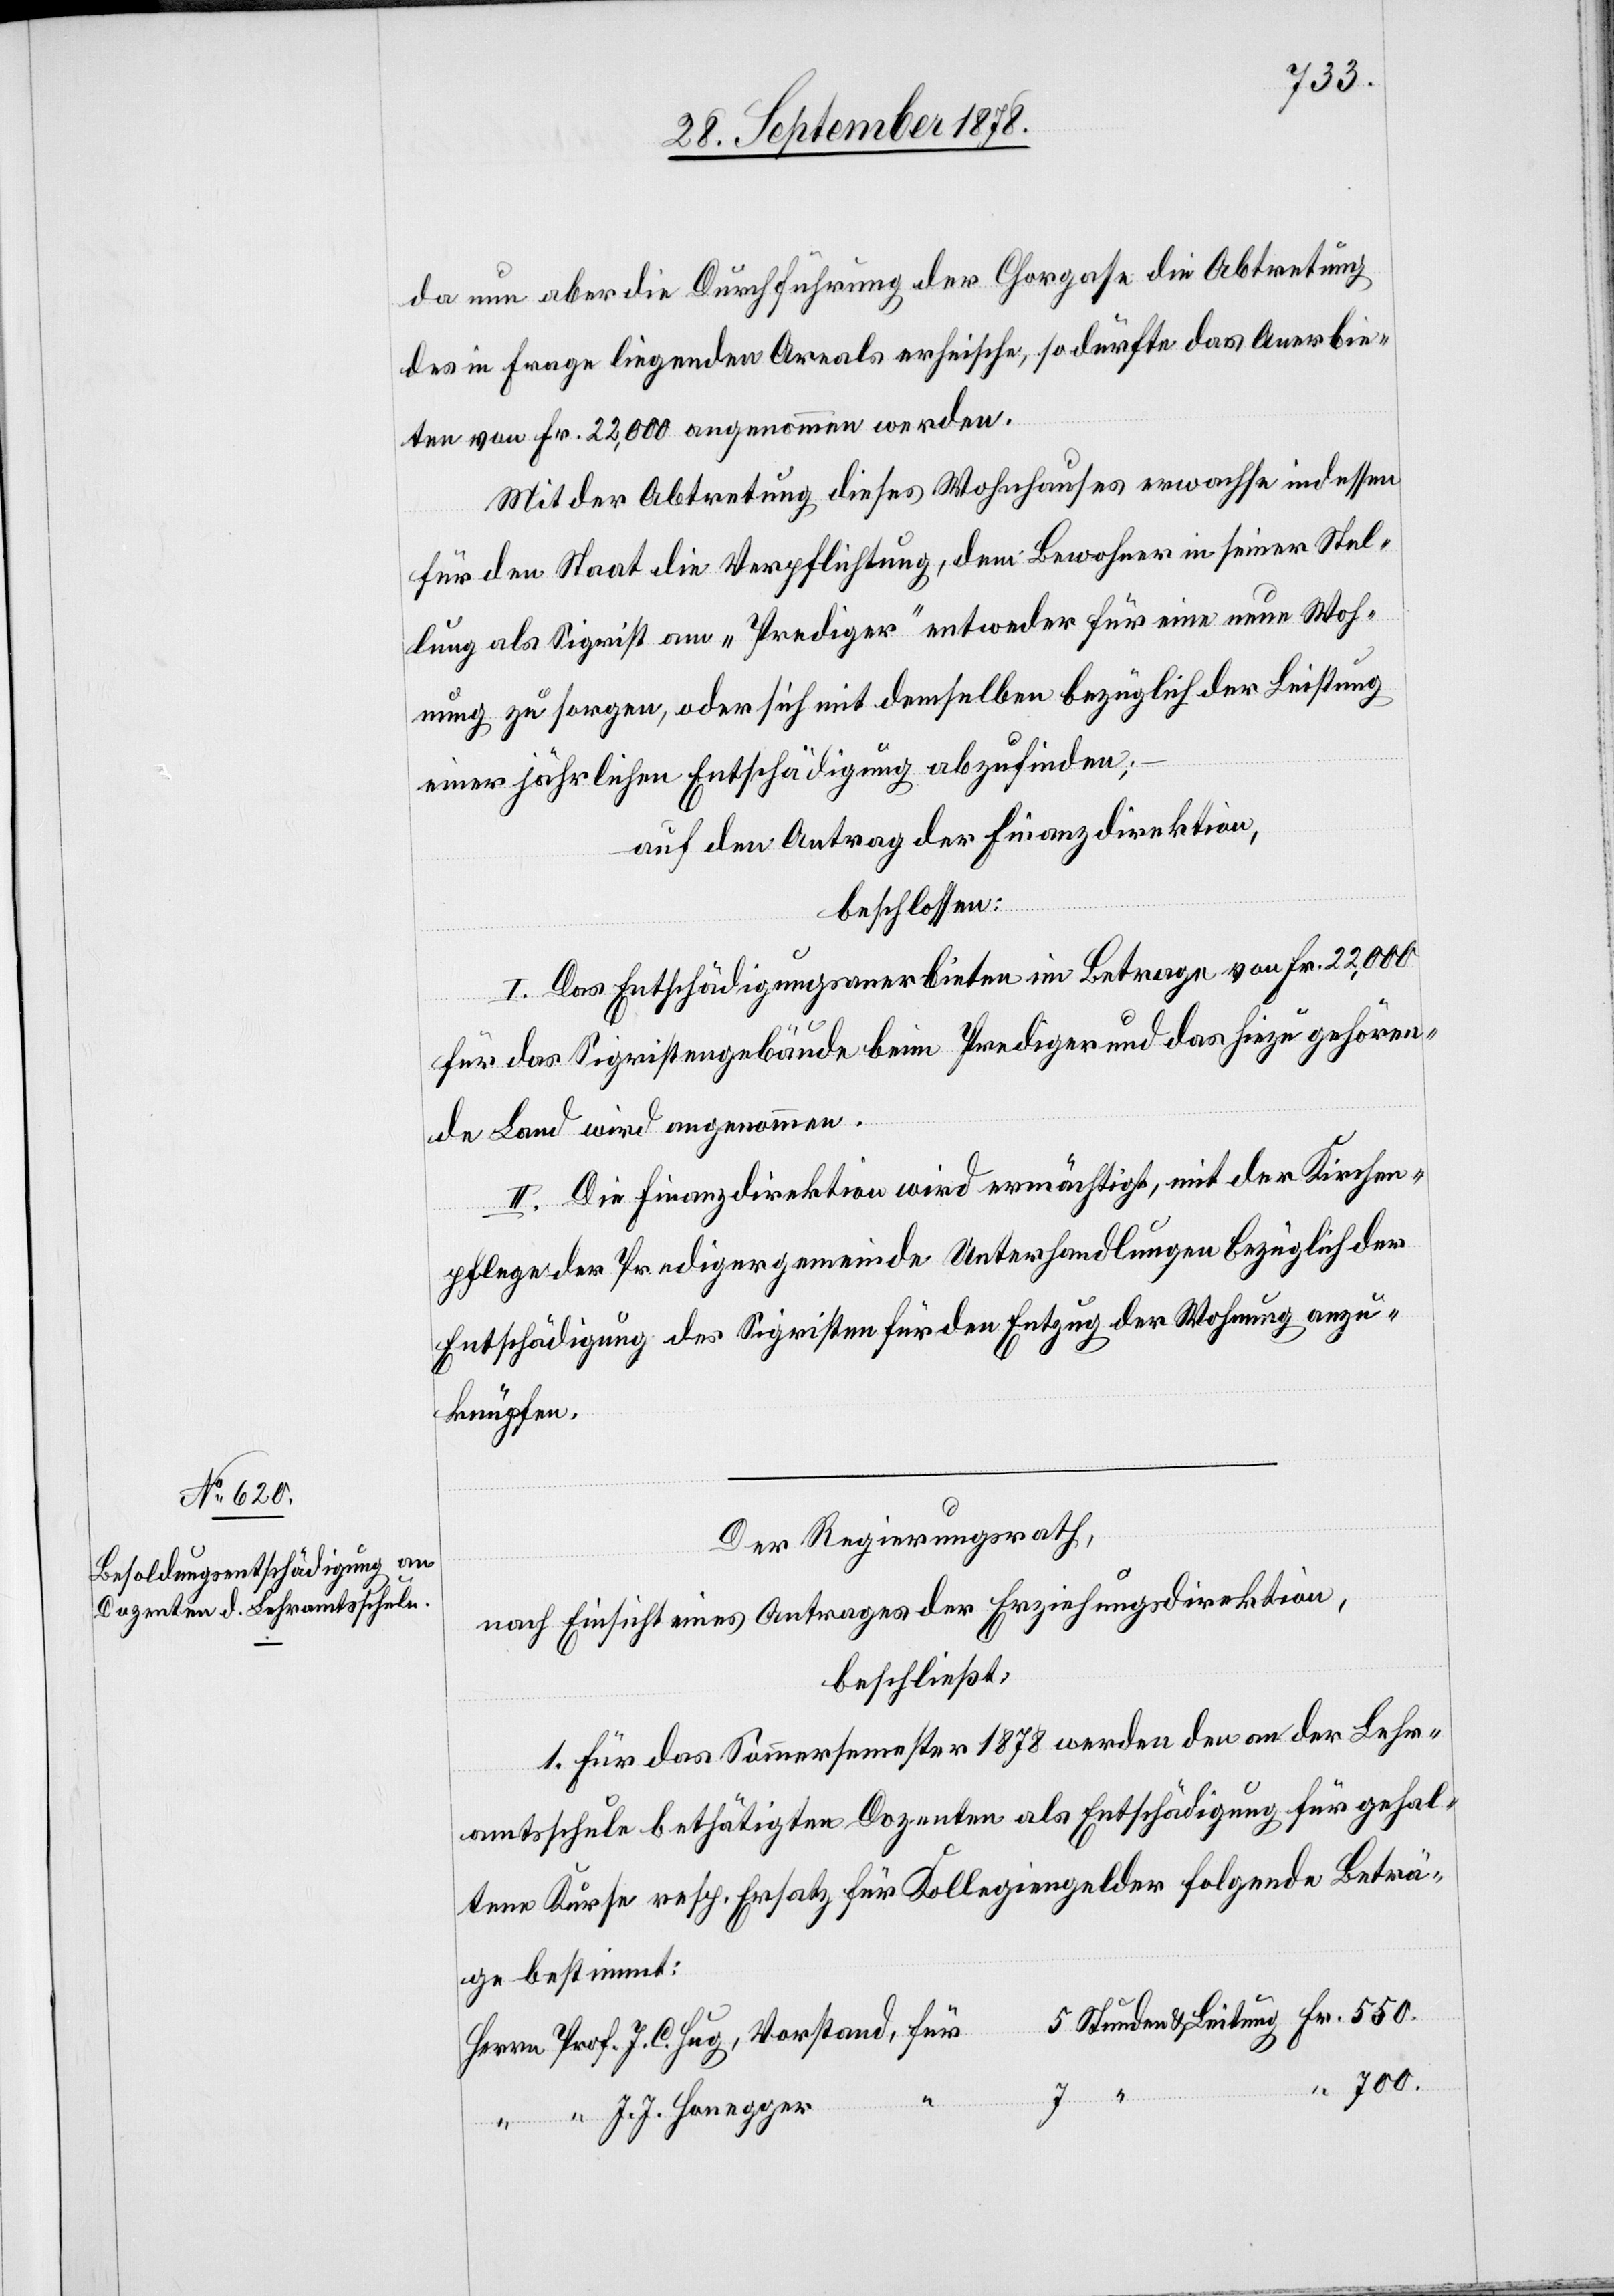
700.
da nun aber die Durchführung der Chorgasse die Abtretung
des in Frage liegenden Areals erheische, so dürfte das Anerbie¬
ten von Fr. 22,000 angenommen werden.
Mit der Abtretung dieses Wohnhauses erwachse indessen
Leitung
für den Staat die Verpflichtung, dem Bewohner in seiner Stel¬
lung als Sigrist am „Prediger“ entweder für eine neue Woh¬
nung zu sorgen, oder sich mit demselben bezüglich der Leistung
einer jährlichen Entschädigung abzufinden;
auf den Antrag der Finanzdirektion,
beschlossen:
I. Das Entschädigungsanerbieten im Betrage von Fr. 22,000
J.
für das Sigristengebäude beim Prediger und das hiezu gehören¬
de Land wird angenommen.
II. Die Finanzdirektion wird ermächtigt, mit der Kirchen¬
pflege der Predigergemeinde Unterhandlungen bezüglich der
Entschädigung des Sigristen für den Entzug der Wohnung anzu¬
knüpfen.
Der Regierungsrath
nach Einsicht eines Antrages der Erziehungsdirektion,
beschließt:
1. Für das Sommersemester 1878 werden den an der Lehr¬
amtsschule bethätigten Dozenten als Entschädigung für gehal¬
tene Kurse resp. Ersatz für Kollegiengelder folgende Beträ¬
ge bestimmt:
Honegger